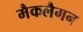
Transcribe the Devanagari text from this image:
मैकलैगन